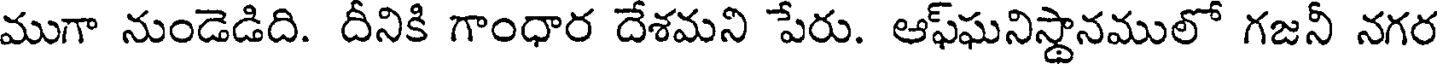
ముగా నుండెడిది. దీనికి గాంధార దేశమని పేరు. ఆఫ్ఘనిస్థానములో గజనీ నగర